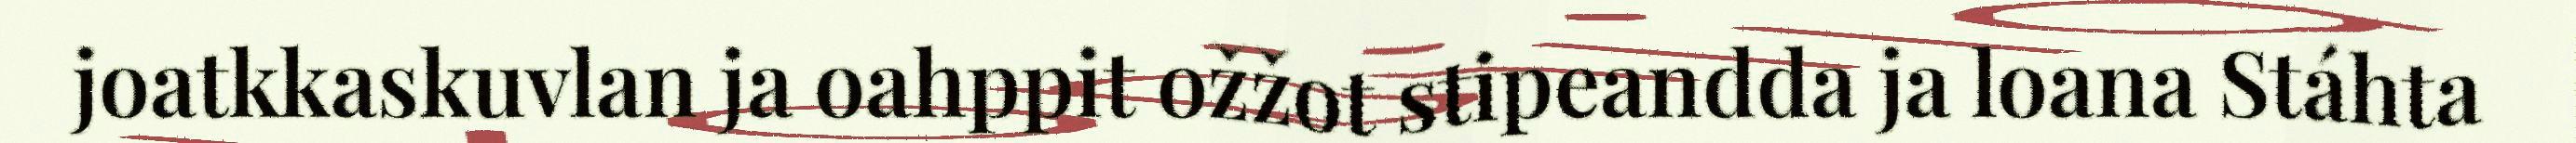
joatkkaskuvlan ja oahppit ožžot stipeandda ja loana Stáhta